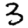
Digit: 3